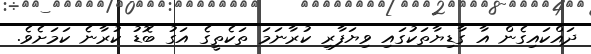
ދައްކައިގެން އާ ގާޑިޔާތަކުގައި ވިޔަފާރި ކުރާނަމަ ތަކެތީގެ އަގު ބޮޑު ކުރާނެ ކަމަށެވެ.